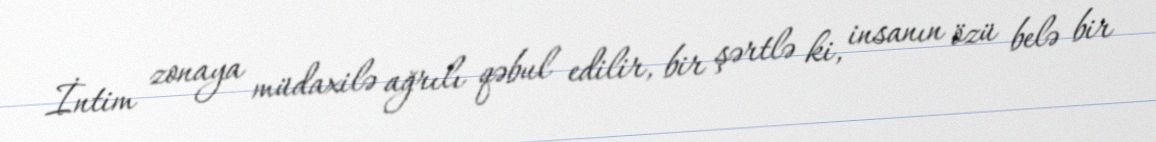
İntim zonaya müdaxilə ağrılı qəbul edilir, bir şərtlə ki, insanın özü belə bir